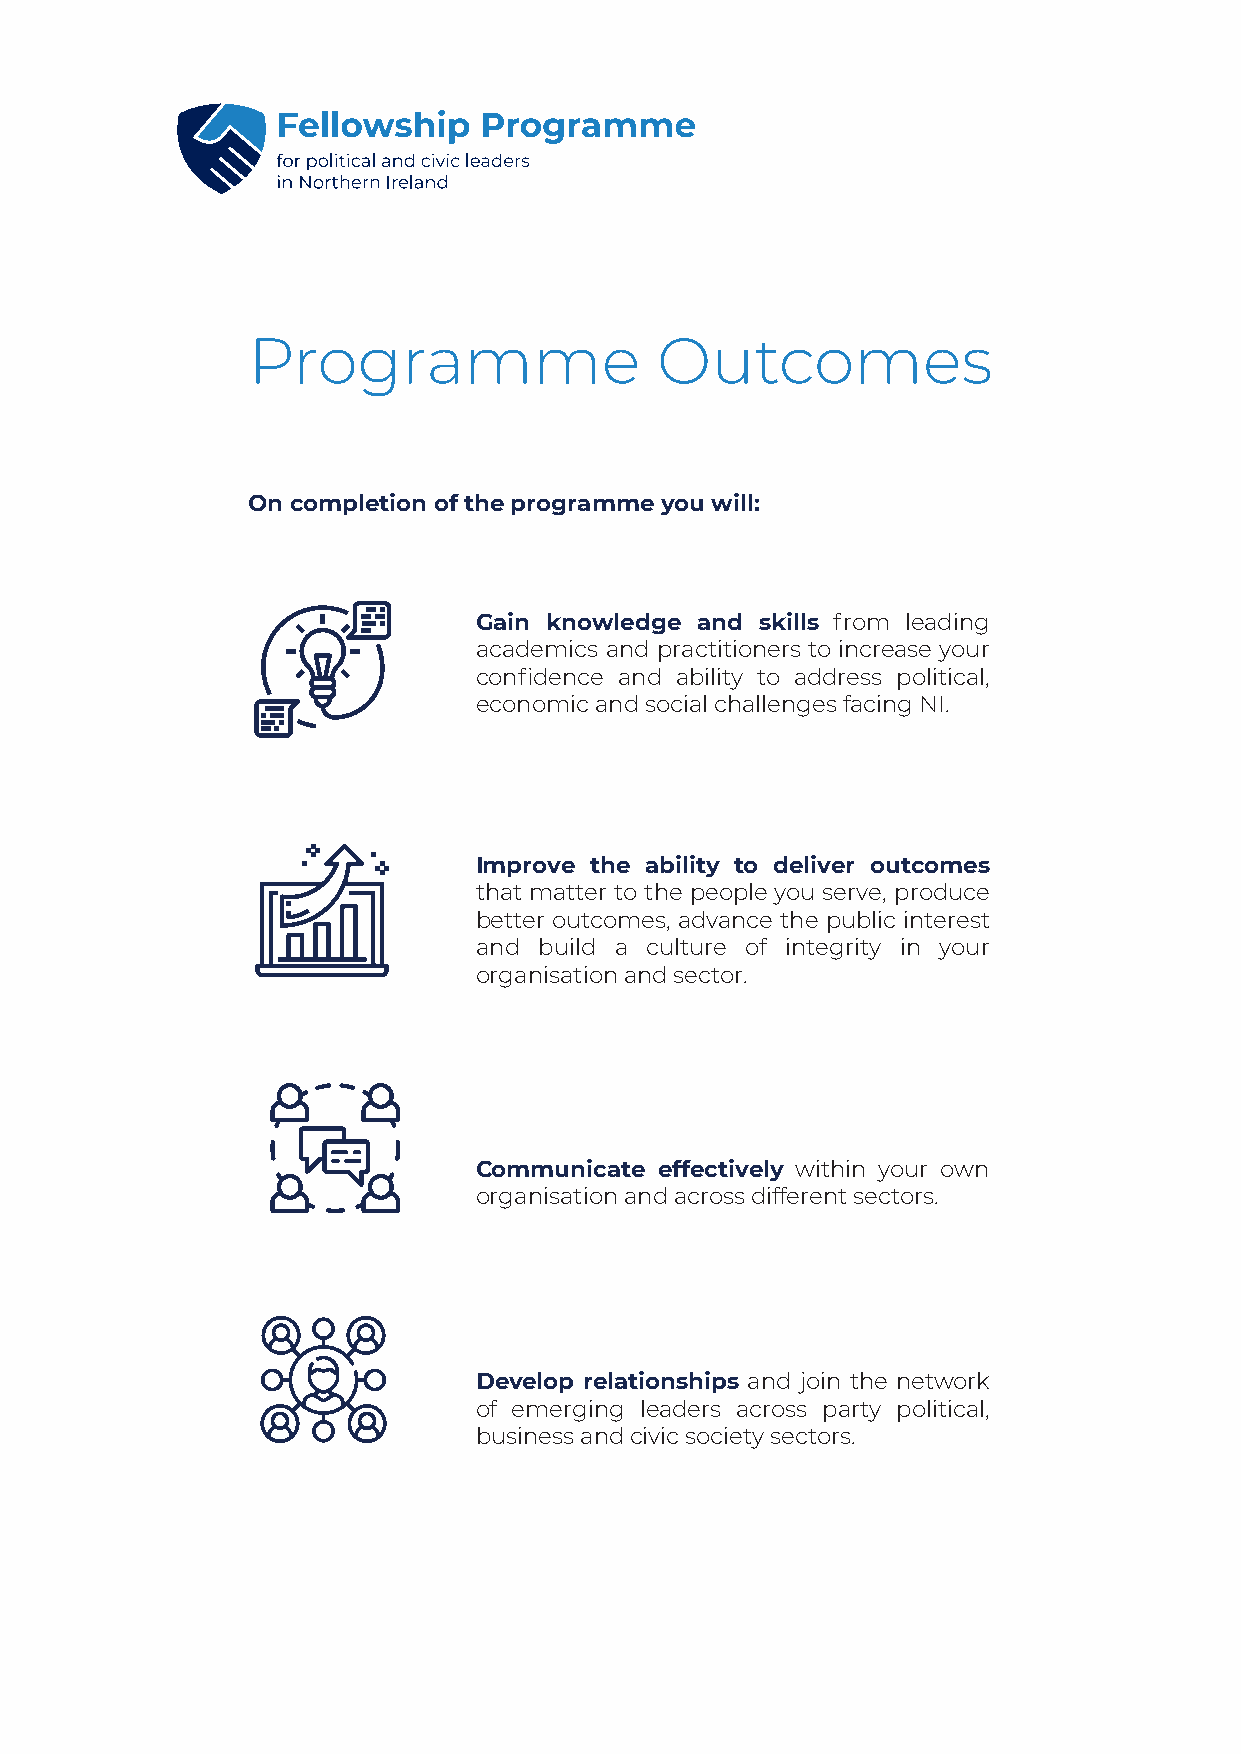
Programme                  Outcomes
 On completion of the programme you will:
 Gain knowledge and skills from leading
 academics and practitioners to increase your
 confidence and ability to address political,
 economic and social challenges facing NI.
 Improve the ability to deliver outcomes
 that matter to the people you serve, produce
 better outcomes, advance the public interest
 and  build a culture of integrity in your
 organisation and sector.
 Communicate  effectively within your own
 organisation and across different sectors.
 v
 Develop relationships and join the network
 of emerging leaders across party political,
 business and civic society sectors.